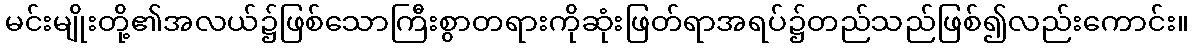
မင်းမျိုးတို့၏အလယ်၌ဖြစ်သောကြီးစွာတရားကိုဆုံးဖြတ်ရာအရပ်၌တည်သည်ဖြစ်၍လည်းကောင်း။